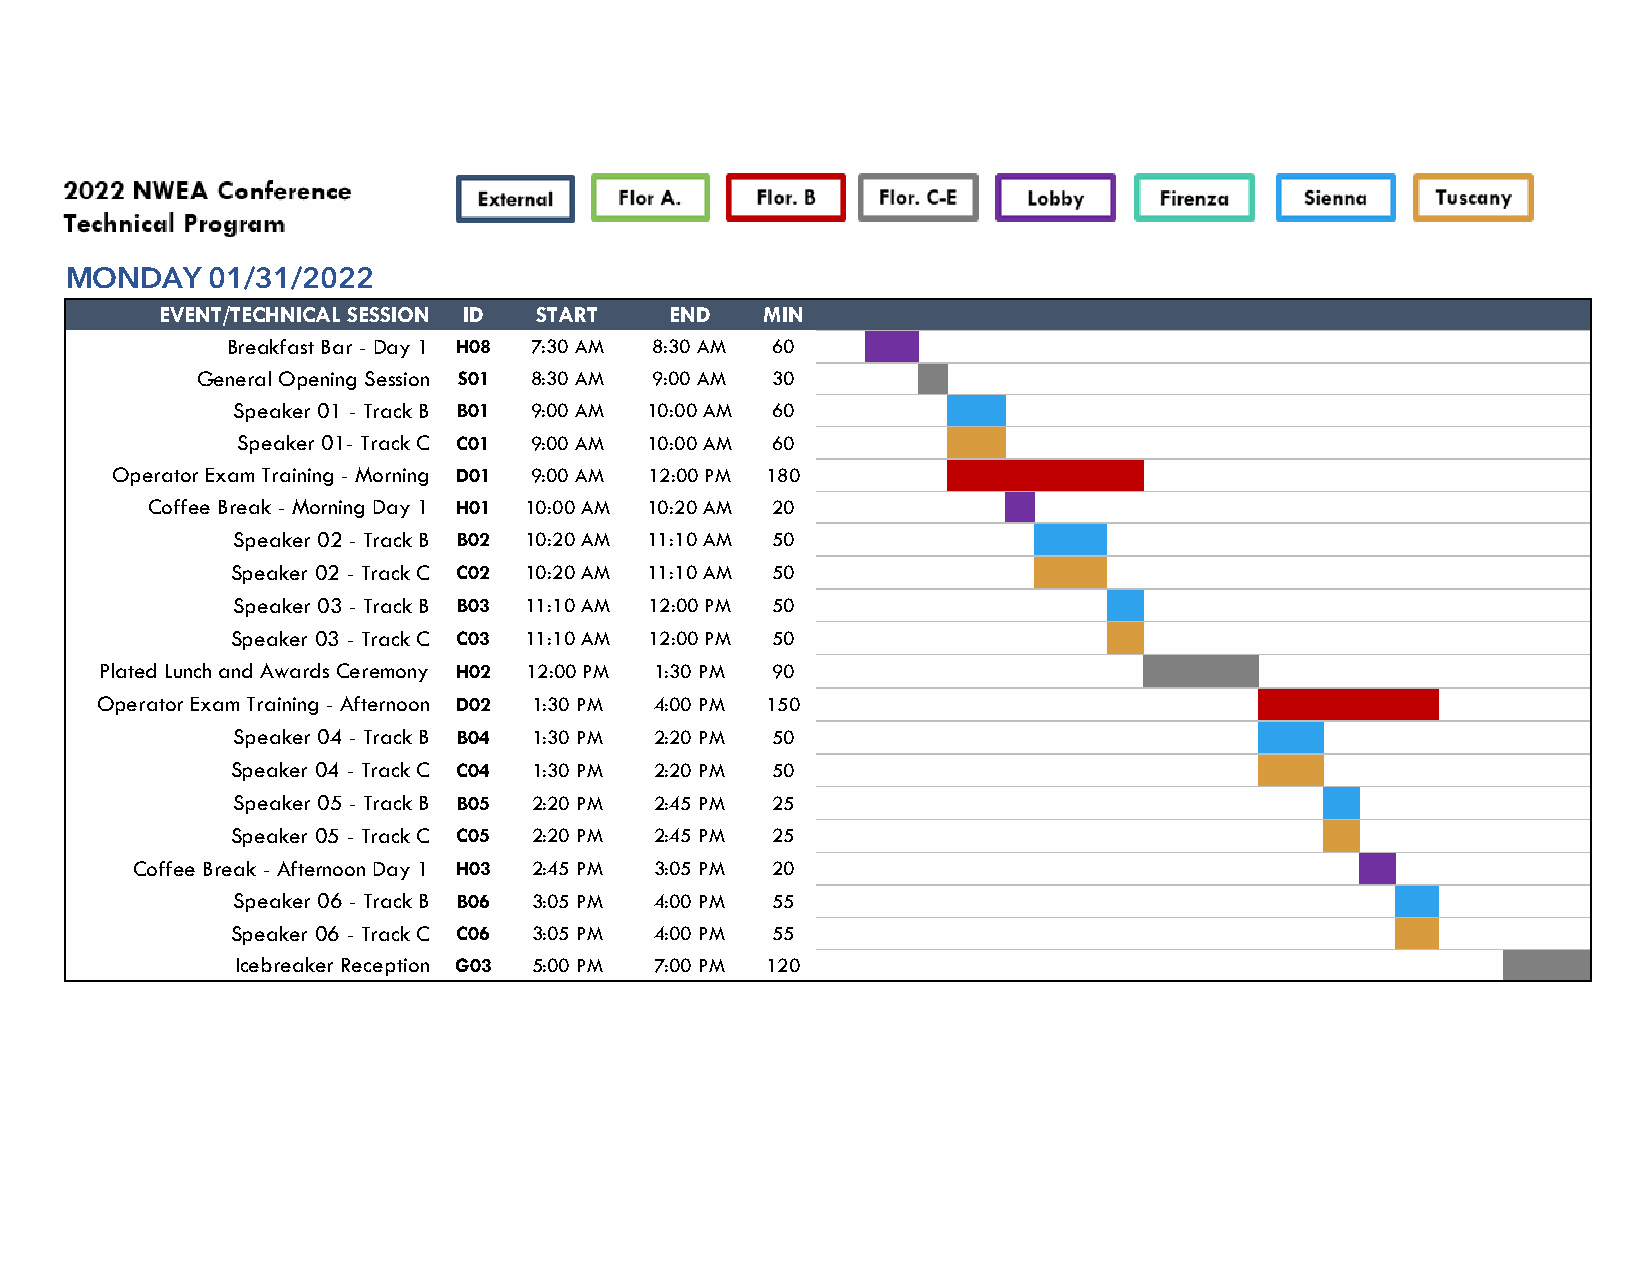
MONDAY    01/31/2022
 EVENT/TECHNICAL SESSION ID START END    MIN
 Breakfast Bar - Day 1 H08 7:30 AM 8:30 AM 60
 General Opening Session S01 8:30 AM 9:00 AM 30
 Speaker 01 - Track B B01 9:00 AM 10:00 AM 60
 Speaker 01- Track C C01 9:00 AM 10:00 AM 60
 Operator Exam Training - Morning D01 9:00 AM 12:00 PM 180
 Coffee Break - Morning Day 1 H01 10:00 AM 10:20 AM 20
 Speaker 02 - Track B B02 10:20 AM 11:10 AM 50
 Speaker 02 - Track C C02 10:20 AM 11:10 AM 50
 Speaker 03 - Track B B03 11:10 AM 12:00 PM 50
 Speaker 03 - Track C C03 11:10 AM 12:00 PM 50
 Plated Lunch and Awards Ceremony H02 12:00 PM 1:30 PM 90
 Operator Exam Training - Afternoon D02 1:30 PM 4:00 PM 150
 Speaker 04 - Track B B04 1:30 PM 2:20 PM 50
 Speaker 04 - Track C C04 1:30 PM 2:20 PM 50
 Speaker 05 - Track B B05 2:20 PM 2:45 PM 25
 Speaker 05 - Track C C05 2:20 PM 2:45 PM 25
 Coffee Break - Afternoon Day 1 H03 2:45 PM 3:05 PM 20
 Speaker 06 - Track B B06 3:05 PM 4:00 PM 55
 Speaker 06 - Track C C06 3:05 PM 4:00 PM 55
 Icebreaker Reception G03 5:00 PM 7:00 PM 120